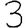
Digit: 3